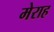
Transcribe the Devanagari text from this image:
मेराह